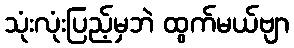
သုံးလုံးပြည့်မှဘဲ ထွက်မယ်ဗျာ